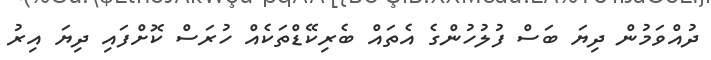
ދުއްވަމުން ދިޔަ ބަސް ފުލުހުންގެ އެތައް ބެރިކޭޑްތަކެއް ހުރަސް ކޮށްފައި ދިޔަ އިރު